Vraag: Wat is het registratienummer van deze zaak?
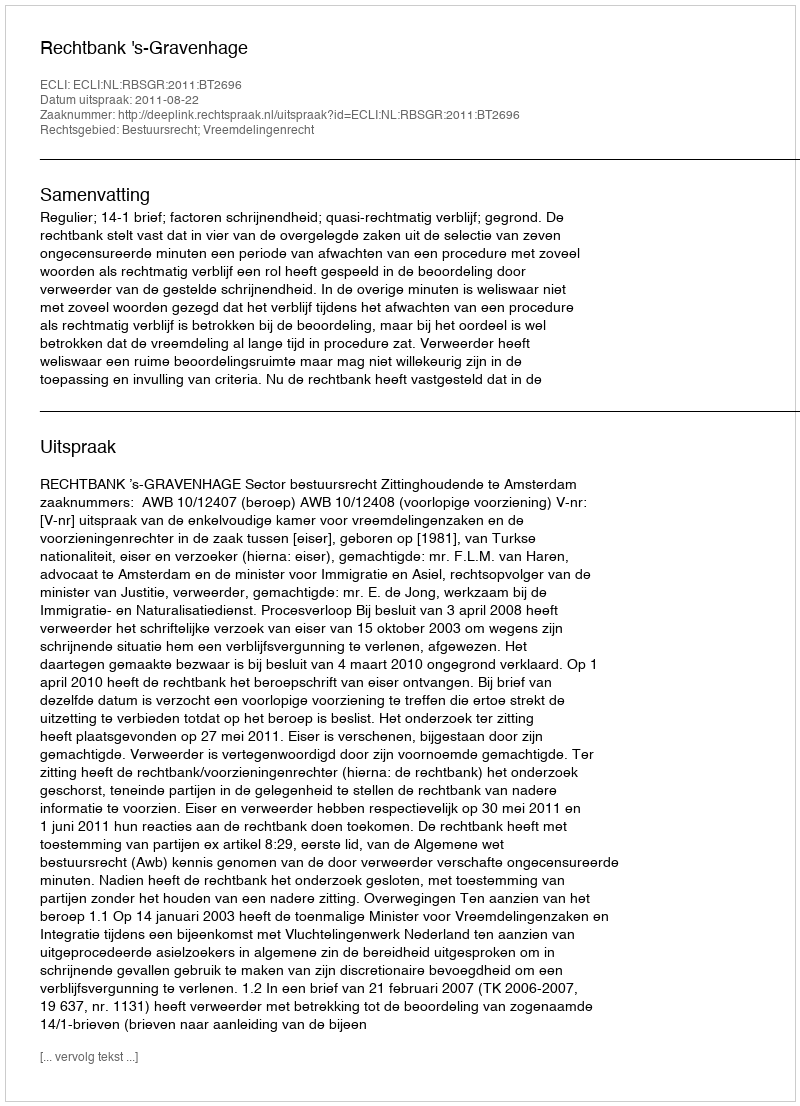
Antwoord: http://deeplink.rechtspraak.nl/uitspraak?id=ECLI:NL:RBSGR:2011:BT2696